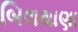
બિલથાણા